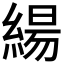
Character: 𮈬